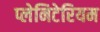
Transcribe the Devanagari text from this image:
प्लेनिटेरियम